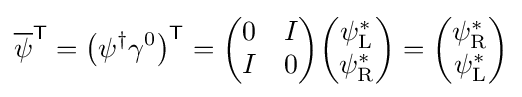
{\overline {\psi }}^{\textsf {T}}=\left(\psi ^{\dagger }\gamma ^{0}\right)^{\textsf {T}}={\begin{pmatrix}0&I\\I&0\end{pmatrix}}{\begin{pmatrix}\psi _{\text{L}}^{*}\\\psi _{\text{R}}^{*}\end{pmatrix}}={\begin{pmatrix}\psi _{\text{R}}^{*}\\\psi _{\text{L}}^{*}\end{pmatrix}}